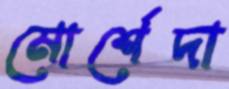
মোর্শেদা